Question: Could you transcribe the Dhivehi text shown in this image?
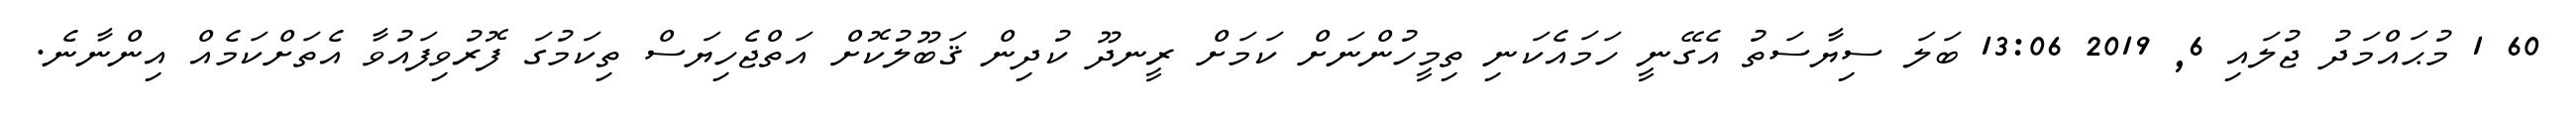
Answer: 60 1 މުޙައްމަދު ޖުލައި 6, 2019 13:06 ބަލަ ސިޔާސަތު އެގޭނީ ހަމައެކަނި ތިމީހުންނަށް ކަމަށް ރީނދޫ ކުދިން ޤަބޫލުކޮށް އަތްޖެހިޔަސް ތިކަމުގަ ފޮރުވިފައުވާ އެތަށްކަމެއް އިންނާނެ.